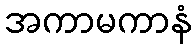
အကာမကာနံ